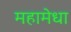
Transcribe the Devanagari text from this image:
महामेधा